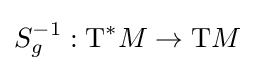
S_{g}^{-1}:\mathrm {T} ^{*}M\to \mathrm {T} M